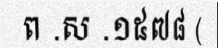
ព .ស .១៥៧៨ (